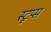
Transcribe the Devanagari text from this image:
स्टूप्स